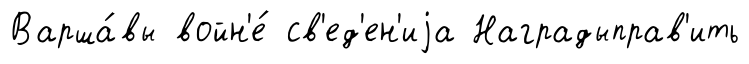
Варша́вы войн'е́ св'ед'ен'иjа Наградыправ'ить